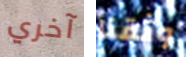
آخري وثقنا